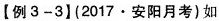
【例3-3】(2017·安阳月考)如